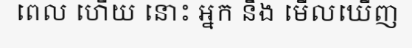
ពេល ហើយ នោះ អ្នក នឹង មើលឃើញ